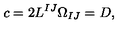
c = 2 L ^ { I J } \Omega _ { I J } = D ,